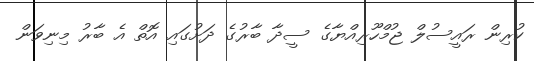
ކުރިން ރައީސުލް ޖުމްހޫރިއްޔާގެ ސީދާ ބާރުގެ ދަށުގައި އޮތް އެ ބާރު މިނިވަން